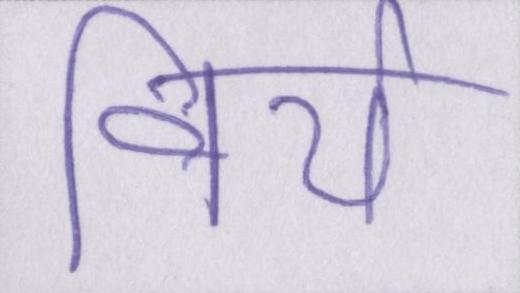
वीर्य